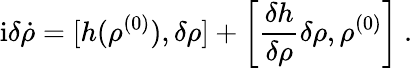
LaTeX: \mathrm{i}\delta\dot{\rho}=[h(\rho^{(0)}),\delta\rho]+\left[\frac{\delta h}{\delta\rho}\delta\rho,\rho^{(0)}\right]\ .